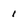
Character: 1